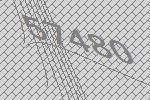
57480